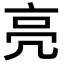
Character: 亮